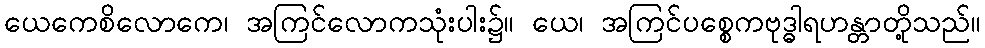
ယေကေစိလောကေ၊ အကြင်လောကသုံးပါး၌။ ယေ၊ အကြင်ပစ္စေကဗုဒ္ဓါရဟန္တာတို့သည်။